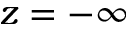
z = - \infty